Account of plague administration in the Bombay Presidency from September 1896 till May 1897
Year: 1896
Disease focus: Plague
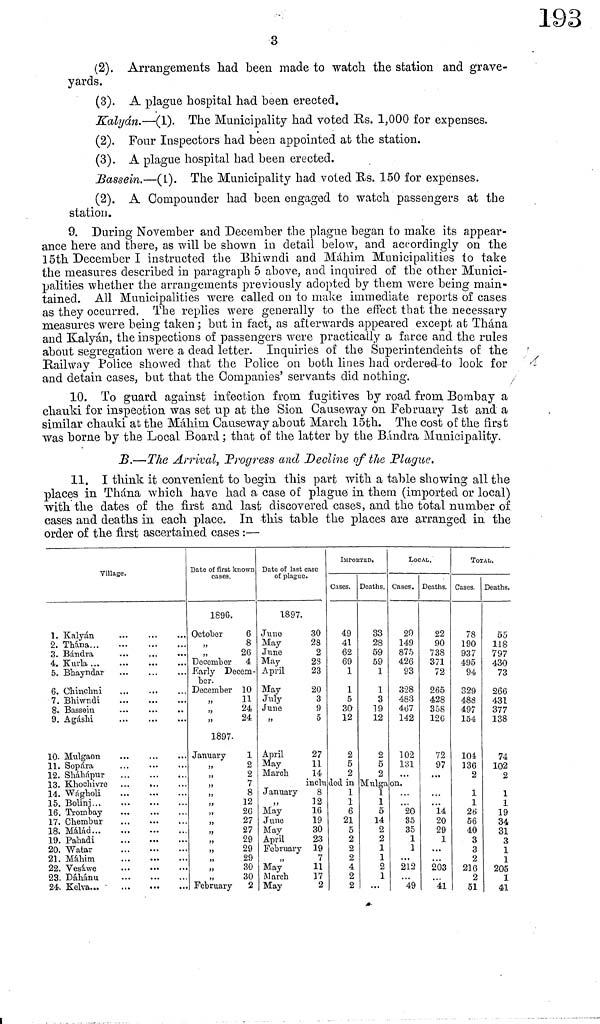
3
(2). Arrangements had been made to watch the station and grave-
yards.
(3). A plague hospital had been erected.
Kalyán.—(1). The Municipality had voted Rs. 1,000 for expenses.
(2). Four Inspectors had been appointed at the station.
(3). A plague hospital had been erected.
Bassein.—(1). The Municipality had voted Us. 150 for expenses.
(2). A Compounder had been engaged to watch passengers at the
station.
9. During November and December the plague began to make its appear-
ance here and there, as will be shown in detail below, and accordingly on the
15th December I instructed the Bhiwndi and Máhim Municipalities to take
the measures described in paragraph 5 above, and inquired of the other Munici-
palities whether the arrangements previously adopted by them were being main-
tained. All Municipalities were called on to make immediate reports of cases
as they occurred. The replies were generally to the effect that the necessary
measures were being taken ; but in fact, as afterwards appeared except at Thána
and Kalyán, the inspections of passengers were practically a farce and the rules
about segregation were a dead letter. Inquiries of the Superintendents of the
Railway Police showed that the Police on both lines had ordered-to look for
and detain cases, but that the Companies' servants did nothing.
10. To guard against infection from fugitives by road from Bombay a
chauki for inspection was set up at the Sion Causeway on February 1st and a
similar chauki at the Máhim Causeway about March 15th. The cost of the first
was borne by the Local Board ; that of the latter by the Bίndra Municipality.
B.—The Arrival, Progress and Decline of the Plague.
11. I think it convenient to begin this part with a table showing all the
places in Thána which have had a case of plague in them (imported or local)
with the dates of the first and last discovered cases, and the total number of
cases and deaths in each place. In this table the places are arranged in the
order of the first ascertained cases :—
Village.
1. Kalyán
2. Thána
3. Bándra
4. Kurla
5. Bhayndar
6. Chinchni
7. Bhiwndi
8. Bassein
9. Agáshi
10. Mulgaon
11. Sopara
12. Sháhápur
13. Khochivre
14. Wágholi
15. Bolinj
16. Trombay
17. Chembur
18.
Málád
19. Pahadi
20. Watar
21. Máhim
22. Vesáwe
23. Dáhánu
24. Kelva
Date of first known
cases.
1896.
October
6
,, 8
,, 26
December 4
Early Decem-
ber.
December 10
,, 11
,, 24
,, 24
1897.
January
1
,, 2
,, 2
,, 7
,, 8
,, 12
,, 26
,, 27
,, 27
,, 29
,, 29
,, 29
,, 30
,, 30
February
2
Date of last case
of plague.
1897.
June
30
May
28
June
2
May
23
April
23
May
20
July
3
June
9
" 5
April
27
May
11
March
14
IMPORTED.
Cases.
49
41
62
69
1
1
5
30
12
2
5
2
Deaths.
33
28
59
59
1
1
3
19
12
2
5
2
LOCAL.
Cases.
29
149
875
426
93
328
483
467
142
102
131
included in Mulga on.
January
8
,, 12
May
16
June
19
May
30
April
23
February 19
,, 7
May
11
March
17
May
2
1
1
6
21
5
2
2
2
4
2
2
1
1
δ
14
2
2
1
1
2
1
20
35
35
1
1
212
49
Deaths.
22
90
738
371
72
265
428
358
126
72
97
14
20
29
1
203
41
TOTAL·.
Cases.
78
190
937
495
94
329
488
497
154
104
136
2
1
1
26
56
40
3
3
2
216
2
51
Deaths.
55
118
797
430
73
266
431
377
138
74
102
2
1
1
19
34
31
3
1
1
205
1
41